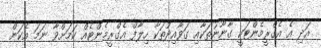
އަދި އެ އެގްރީމެންޓަކީ ގާނޫނުތަކާއި ގަވާއިދުތަކާ ހިލާފް އެގްރީމެންޓެއް ކަމަށްވާ ނަމަ އެކަން